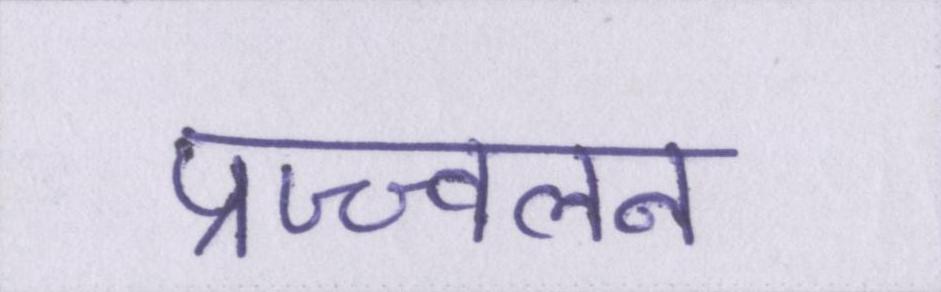
प्रज्ज्वलन